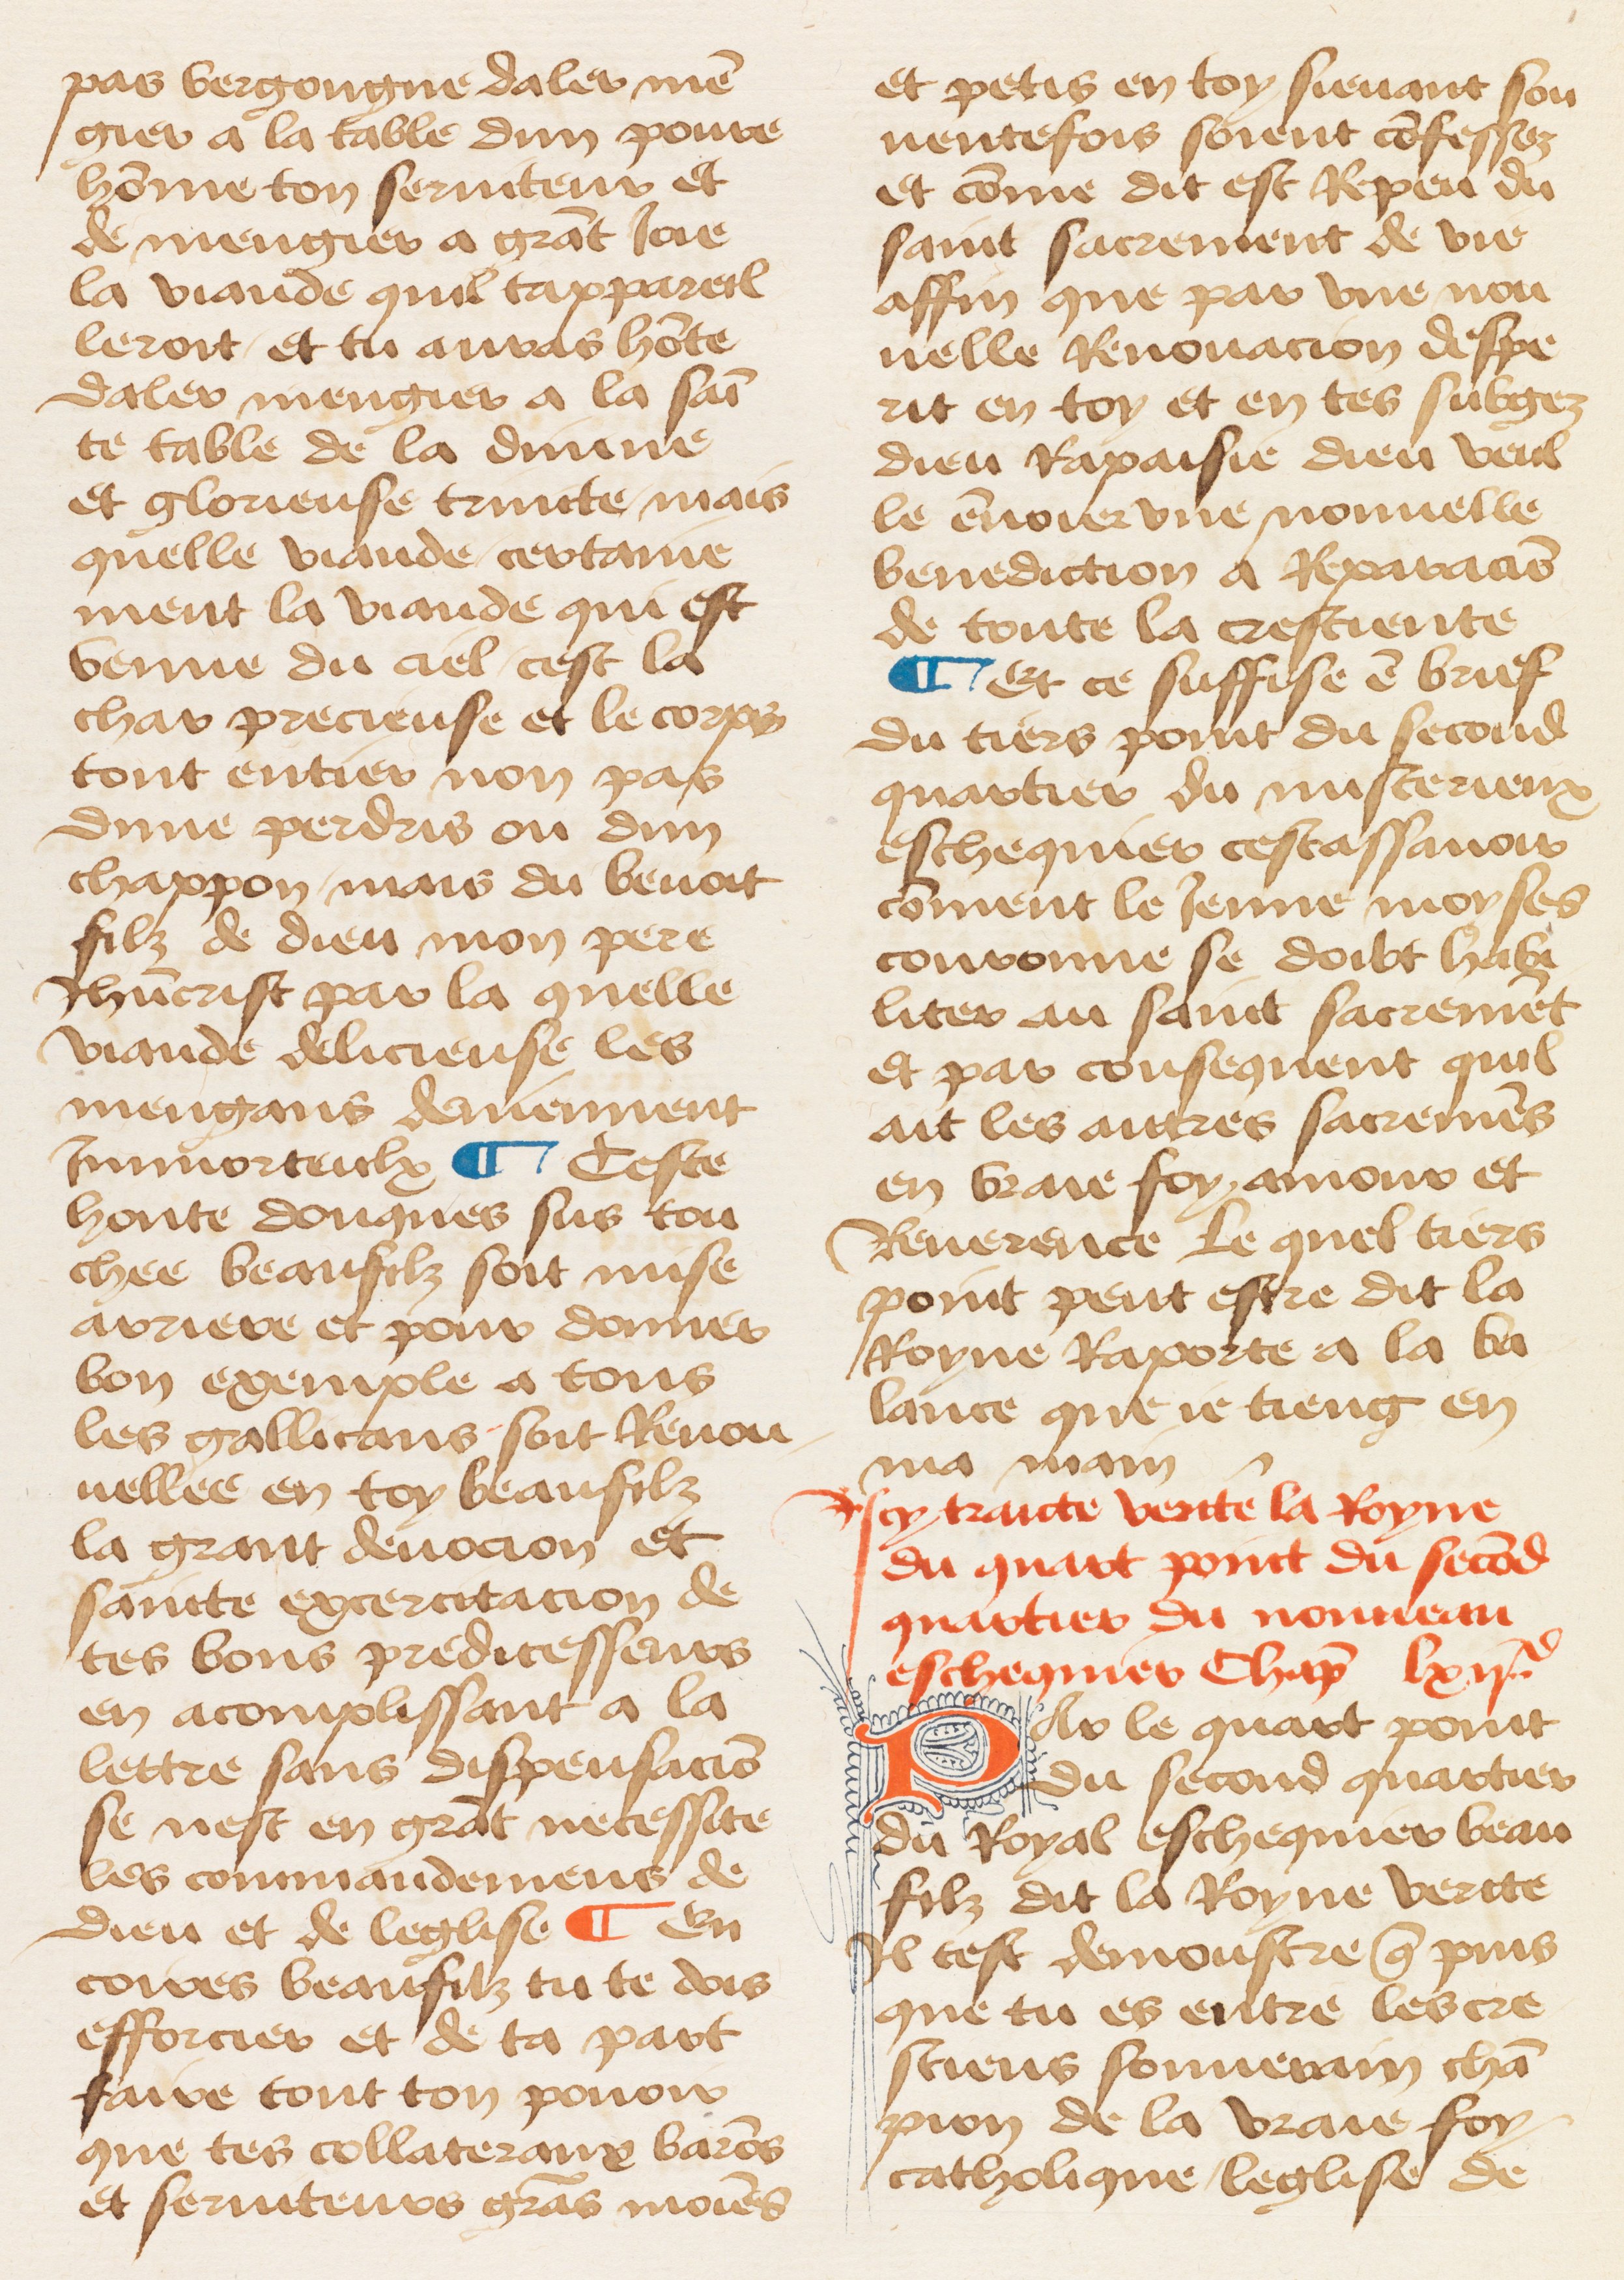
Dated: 1460–1470